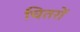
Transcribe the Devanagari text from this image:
चितरों